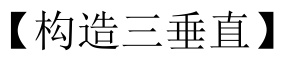
【构造三垂直】